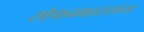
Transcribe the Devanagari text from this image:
सोपानमहाराजांच्या